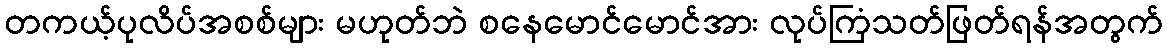
တကယ့်ပုလိပ်အစစ်များ မဟုတ်ဘဲ စနေမောင်မောင်အား လုပ်ကြံသတ်ဖြတ်ရန်အတွက်